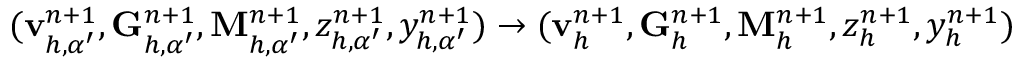
( \mathbf { v } _ { h , \alpha ^ { \prime } } ^ { n + 1 } , \mathbf { G } _ { h , \alpha ^ { \prime } } ^ { n + 1 } , \mathbf { M } _ { h , \alpha ^ { \prime } } ^ { n + 1 } , z _ { h , \alpha ^ { \prime } } ^ { n + 1 } , y _ { h , \alpha ^ { \prime } } ^ { n + 1 } ) \to ( \mathbf { v } _ { h } ^ { n + 1 } , \mathbf { G } _ { h } ^ { n + 1 } , \mathbf { M } _ { h } ^ { n + 1 } , z _ { h } ^ { n + 1 } , y _ { h } ^ { n + 1 } )